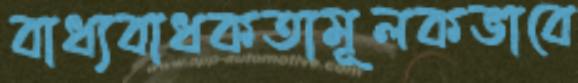
বাধ্যবাধকতামূলকভাবে